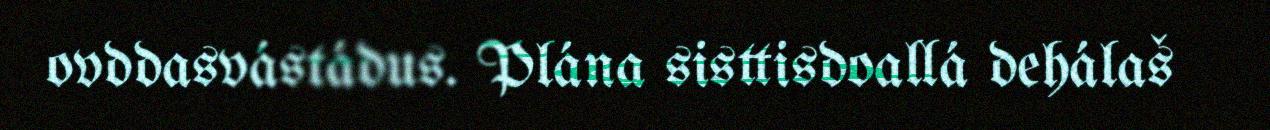
ovddasvástádus. Plána sisttisdoallá dehálaš